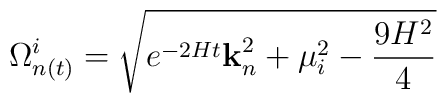
\Omega^i_{n(t)}=\sqrt{e^{-2Ht}{\bf k}_n^2+\mu_i^2-\frac{9H^2}{4}}